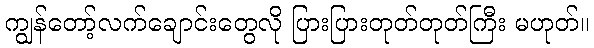
ကျွန်တော့်လက်ချောင်းတွေလို ပြားပြားတုတ်တုတ်ကြီး မဟုတ်။